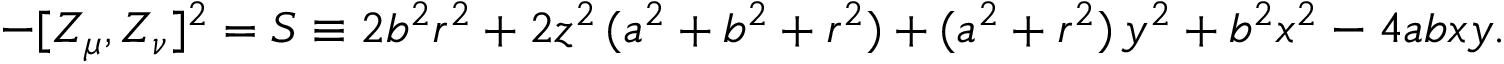
- [ Z _ { \mu } , Z _ { \nu } ] ^ { 2 } = { \cal S } \equiv 2 b ^ { 2 } r ^ { 2 } + 2 z ^ { 2 } \, ( a ^ { 2 } + b ^ { 2 } + r ^ { 2 } ) + ( a ^ { 2 } + r ^ { 2 } ) \, y ^ { 2 } + b ^ { 2 } x ^ { 2 } - 4 a b x y .